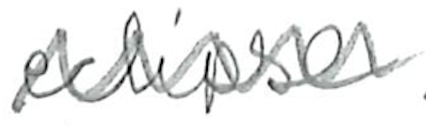
Text: eclipse
Cross-out: mix
Writing tool: pencil